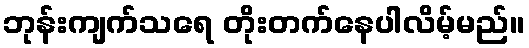
ဘုန်းကျက်သရေ တိုးတက်နေပါလိမ့်မည်။